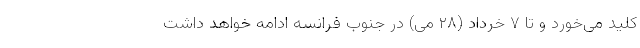
کلید می‌خورد و تا ۷ خرداد (۲۸ می) در جنوب فرانسه ادامه خواهد داشت